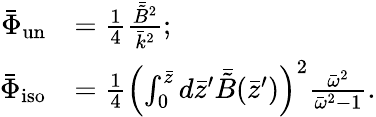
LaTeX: \begin{array}{rl}{\bar{\Phi}_{\mathrm{un}}}&{=\frac{1}{4}\frac{\bar{\tilde{B}}^{2}}{\bar{k}^{2}};}\\ {\bar{\Phi}_{\mathrm{iso}}}&{=\frac{1}{4}\left(\int_{0}^{\bar{z}}d\bar{z}^{\prime}\bar{\tilde{B}}(\bar{z}^{\prime})\right)^{2}\frac{\bar{\omega}^{2}}{\bar{\omega}^{2}-1}.}\end{array}